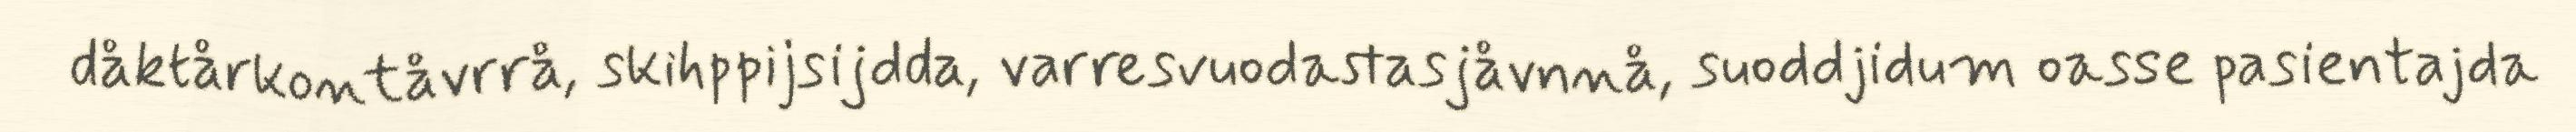
dåktårkontåvrrå, skihppijsijdda, varresvuodastasjåvnnå, suoddjidum oasse pasientajda